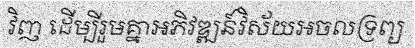
វិញ ដើម្បីរួមគ្នាអភិវឌ្ឍន៍វិស័យអចលទ្រព្យ